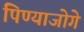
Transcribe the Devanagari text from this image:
पिण्याजोगे